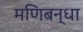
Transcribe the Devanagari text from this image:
मणिबन्धा